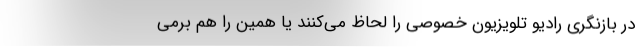
در بازنگری رادیو تلویزیون خصوصی را لحاظ می‌کنند یا همین را هم برمی